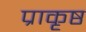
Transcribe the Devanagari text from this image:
प्राकृष्ठ